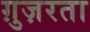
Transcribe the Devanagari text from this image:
ग़ुज़रता